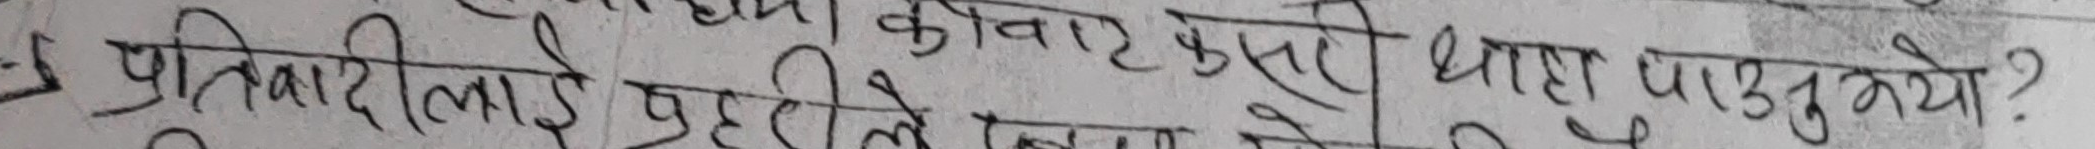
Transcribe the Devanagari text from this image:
प्रतिवादीलाई कुन तरिका द्वारा पाउनुहोस?